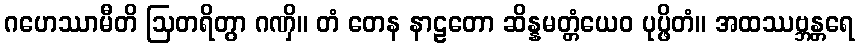
ဂဟေဿာမီတိ ဩတရိတွာ ဂဏှိ။ တံ တေန နာဠတော ဆိန္နမတ္တံယေဝ ပုပ္ဖိတံ။ အထဿဗ္ဘန္တရေ